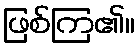
ဖြစ်ကြ၏။